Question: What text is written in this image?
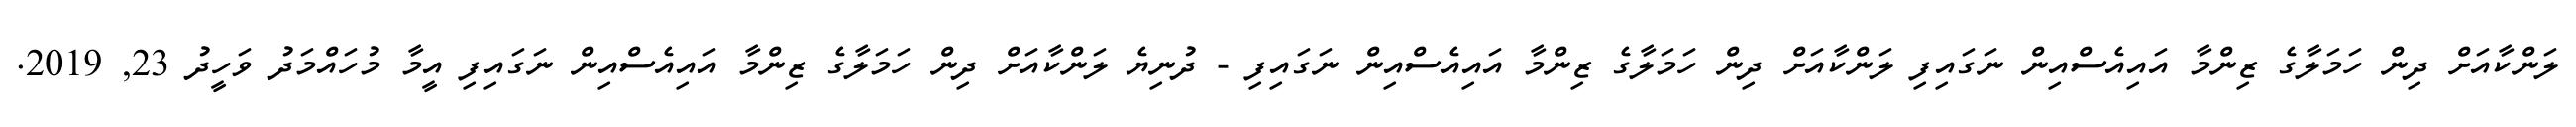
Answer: ލަންކާއަށް ދިން ހަމަލާގެ ޒިންމާ އައިއެސްއިން ނަގައިފި ލަންކާއަށް ދިން ހަމަލާގެ ޒިންމާ އައިއެސްއިން ނަގައިފި - ދުނިޔެ ލަންކާއަށް ދިން ހަމަލާގެ ޒިންމާ އައިއެސްއިން ނަގައިފި އީމާ މުހައްމަދު ވަހީދު 23, 2019.